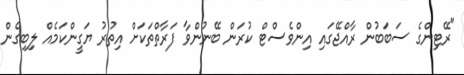
"ރޭޓިންގެ ސަބަބުން ރާއްޖޭގައި އިންވެސްޓް ކުރަން ބޭނުންވާ ފަރާތްތަކަށް އިތުރު ޔަގީންކަމެއް ލިިބިގެން